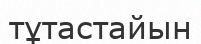
тұтастайын